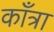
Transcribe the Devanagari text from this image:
काँत्रा